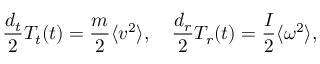
\frac { { d _ { t } } } { 2 } T _ { t } ( t ) = \frac { m } { 2 } \langle v ^ { 2 } \rangle , \quad \frac { { d _ { r } } } { 2 } T _ { r } ( t ) = \frac { I } { 2 } \langle \omega ^ { 2 } \rangle ,